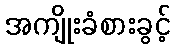
အကျိုးခံစားခွင့်